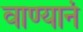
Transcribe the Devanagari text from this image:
वाण्यानं